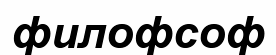
филофсоф